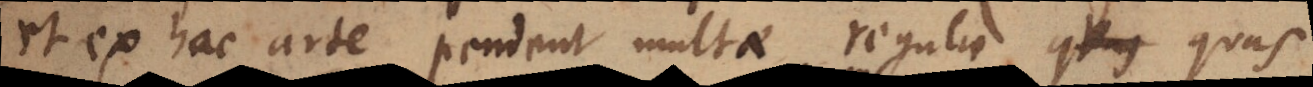
et ex hac arte pendent multae regulae q _ quas